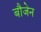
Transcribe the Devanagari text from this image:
बौजेन